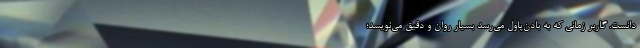
دانست. گاربر زمانی که به بادن‌پاول می‌رسد بسیار روان و دقیق می‌نویسد؛